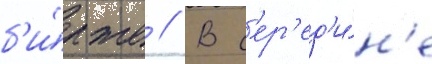
б'и́рже // В с'ер'ед'и́н'е